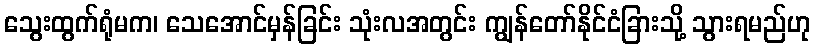
သွေးထွက်ရုံမက၊ သေအောင်မှန်ခြင်း သုံးလအတွင်း ကျွန်တော်နိုင်ငံခြားသို့ သွားရမည်ဟု